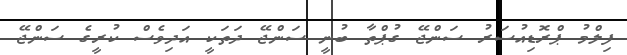
ފިލްމު ޕްރޮޑިއުސަރު ސަންޖޭ ގުޕްތާ ބުނީ ސަންޖޭ ދަތަކީ އަދިވެސް ކުރީގެ ސަންޖޭ